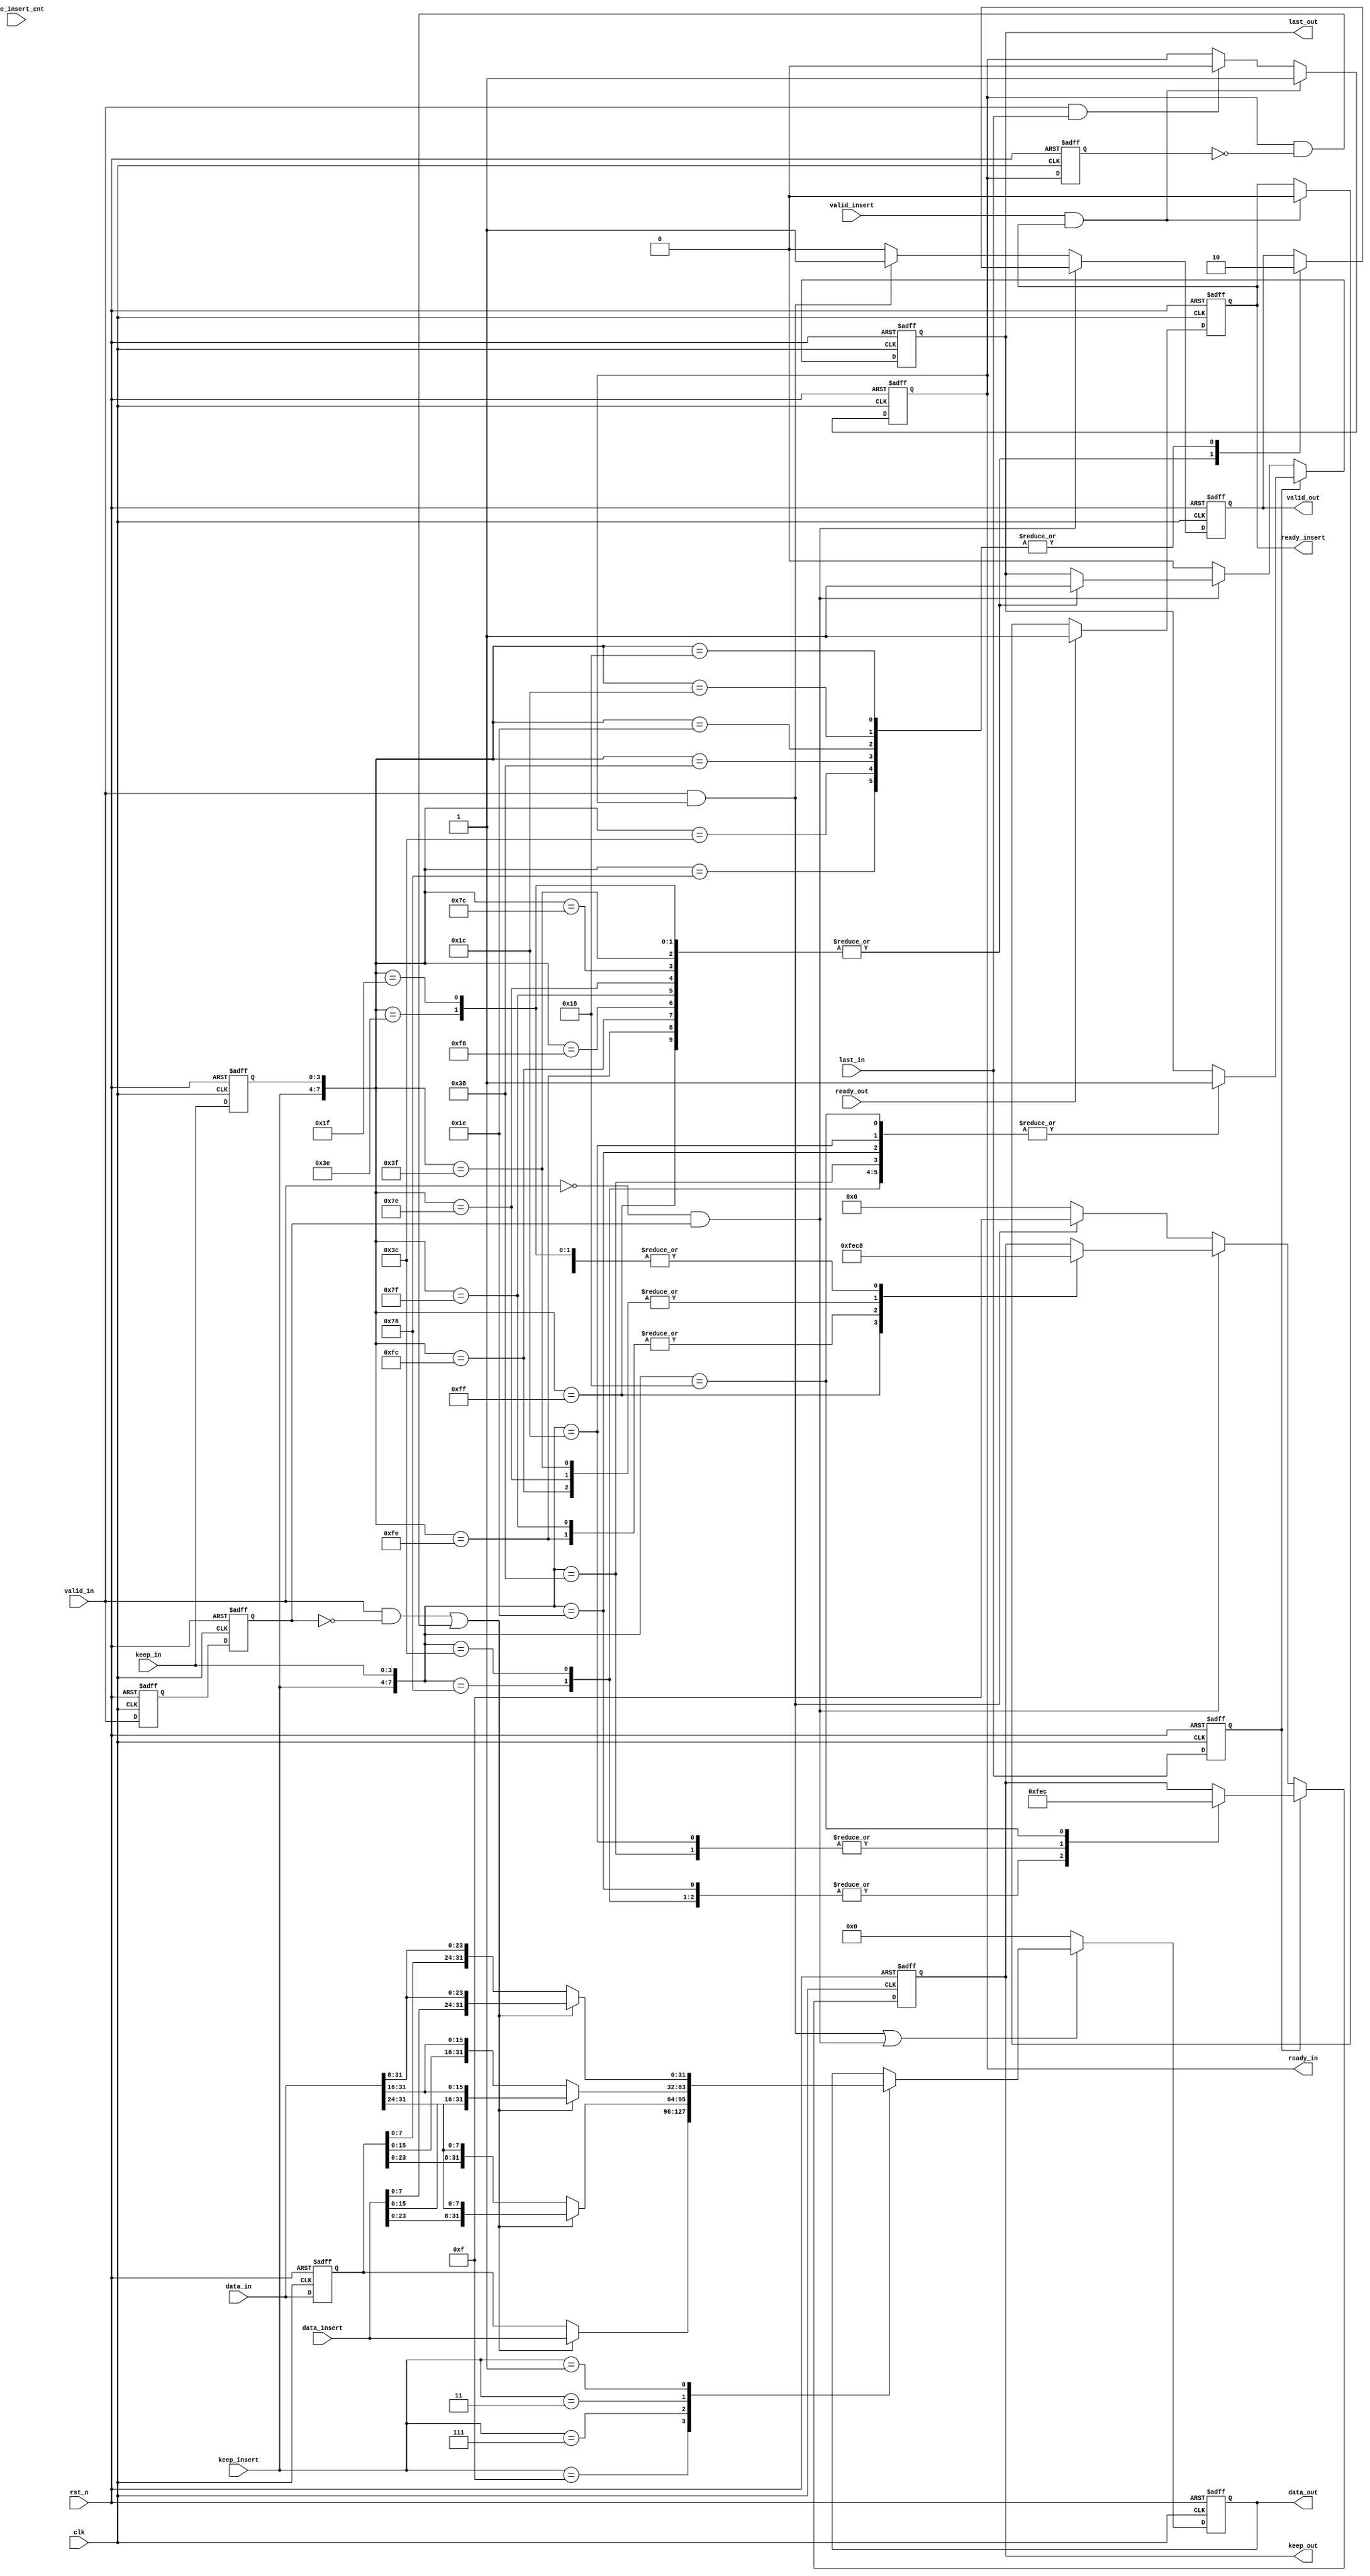
module axi_stream_insert_header #(
	parameter DATA_WD 		= 32,
	parameter DATA_BYTE_WD 	= DATA_WD / 8,
	parameter BYTE_CNT_WD 	= $clog2(DATA_BYTE_WD)
) (
	input 						clk				,
	input 						rst_n			,
	// AXI Stream input original data
	input 						valid_in		,
	input [DATA_WD-1 : 0] 		data_in			,
	input [DATA_BYTE_WD-1 : 0] 	keep_in			,
	input 						last_in			,
	output 						ready_in		,
	// AXI Stream output with header inserted
	output 						valid_out		,
	output [DATA_WD-1 : 0] 		data_out		,
	output [DATA_BYTE_WD-1 : 0] keep_out		,
	output 						last_out		,
	input 						ready_out		,
	// The header to be inserted to AXI Stream input
	input 						valid_insert	,
	input [DATA_WD-1 : 0] 		data_insert		,
	input [DATA_BYTE_WD-1 : 0] 	keep_insert		,
	input [BYTE_CNT_WD-1 : 0] 	byte_insert_cnt	,
	output 						ready_insert
);
	
	// Your code here
	/******************assign***********************************/
	assign ready_in 	  = r_ready_in				  ;
	assign ready_insert   = r_ready_insert			  ;
	assign valid_out 	  = r_valid_out				  ;
	assign data_out  	  = r_data_out 				  ;
	assign keep_out  	  = r_keep_out 				  ;
	assign last_out  	  = r_last_out 				  ;
	
	/******************parameter***********************************/	
	wire w_valid_in_pos 	  			  		 =  valid_in 	 		  && ~r_valid_in_d1 ;
	wire w_valid_in_neg 	  			  		 = ~valid_in 	 		  &&  r_valid_in_d1 ;
	wire w_ready_in_pos 	  			  		 =  ready_in 	 		  && ~r_ready_in_d  ;
	wire valid_insert_and_r_ready_insert  		 =  valid_insert 		  &&  r_ready_insert;
	wire valid_in_and_last_in 			  		 =  valid_in 	 		  &&  last_in	    ;
	wire valid_in_and_ready_in 			  		 =  valid_in 	 		  &&  ready_in	    ;
	wire w_valid_in_pos_or_w_ready_in_pos 		 =  w_valid_in_pos  	  ||  w_ready_in_pos;
	wire valid_in_and_ready_in_or_w_valid_in_neg =  valid_in_and_ready_in ||  w_valid_in_neg;
	wire [7:0] keep_insert_a_keep_in			 =  {keep_insert, keep_in}					;
	wire [7:0] keep_insert_a_r_keep_in_d		 =  {keep_insert, r_keep_in_d}				;
	
	reg 					 r_ready_in 	= 0;
	reg 					 r_ready_insert = 0;
	reg 					 r_valid_out 	= 0;
	reg [DATA_WD-1 : 0] 	 r_data_out  	= 0;
	reg [DATA_BYTE_WD-1 : 0] r_keep_out  	= 0;
	reg 					 r_last_out  	= 0;
	reg [DATA_WD-1 : 0] 	 r_data_in_d 	= 0;
	reg 					 r_valid_in_d 	= 0;
	reg 					 r_valid_in_d1 	= 0;
	reg 					 r_ready_in_d 	= 0;
	reg [DATA_BYTE_WD-1 : 0] r_keep_in_d	= 0;
	reg 					 r_last_in_d	= 0;
	
	/******************always***********************************/	
	// r_ready_insert
	always @(posedge clk or negedge rst_n)
	begin
		if(!rst_n)
			r_ready_insert <= 0;
		else if(ready_out)
			r_ready_insert <= 1'b1;
		else if(valid_insert_and_r_ready_insert)
			r_ready_insert <= 0;
	end
	
	// r_ready_in
	always @(posedge clk or negedge rst_n)
	begin
		if(!rst_n)
			r_ready_in <= 0;
		else if(valid_insert_and_r_ready_insert)
			r_ready_in <= 1'b1;
		else if(valid_in_and_last_in)
			r_ready_in <= 0;
	end
	
	// r_data_in_d
	always @(posedge clk or negedge rst_n)
	begin
		if(!rst_n)
			r_data_in_d <= 0;
		else
			r_data_in_d <= data_in;
	end
	
	// r_valid_in_d
	always @(posedge clk or negedge rst_n)
	begin
		if(!rst_n)
			r_valid_in_d <= 0;
		else
			r_valid_in_d <= valid_in;
	end
	
	// r_valid_in_d1
	always @(posedge clk or negedge rst_n)
	begin
		if(!rst_n)
			r_valid_in_d1 <= 0;
		else
			r_valid_in_d1 <= r_valid_in_d;
	end
	
	// r_ready_in_d
	always @(posedge clk or negedge rst_n)
	begin
		if(!rst_n)
			r_ready_in_d <= 0;
		else
			r_ready_in_d <= ready_in;
	end
	
	// r_data_out
	always @(posedge clk or negedge rst_n)
	begin
		if(!rst_n)
			r_data_out <= 0;
		else if(valid_in_and_ready_in_or_w_valid_in_neg)
			case(keep_insert)
			4'b1111:begin
				if(w_valid_in_pos_or_w_ready_in_pos)
					r_data_out <= data_insert;
				else
					r_data_out <= r_data_in_d;
			end
			4'b0111:begin
				if(w_valid_in_pos_or_w_ready_in_pos)
					r_data_out <= {data_insert[DATA_WD-9 : 0], data_in[DATA_WD-1 : 24]};
				else
					r_data_out <= {r_data_in_d[DATA_WD-9 : 0], data_in[DATA_WD-1 : 24]};
			end
			4'b0011:begin
				if(w_valid_in_pos_or_w_ready_in_pos)
					r_data_out <= {data_insert[DATA_WD-17 : 0], data_in[DATA_WD-1 : 16]};
				else
					r_data_out <= {r_data_in_d[DATA_WD-17 : 0], data_in[DATA_WD-1 : 16]};
			end
			4'b0001:begin
				if(w_valid_in_pos_or_w_ready_in_pos)
					r_data_out <= {data_insert[DATA_WD-25 : 0], data_in[DATA_WD-1 : 8]};
				else
					r_data_out <= {r_data_in_d[DATA_WD-25 : 0], data_in[DATA_WD-1 : 8]};
			end
			endcase
		else
			r_data_out <= 0;
	end
	
	// r_keep_in_d
	always @(posedge clk or negedge rst_n)
	begin
		if(!rst_n)
			r_keep_in_d <= 0;
		else
			r_keep_in_d <= keep_in;
	end
	
	// r_valid_out
	always @(posedge clk or negedge rst_n)
	begin
		if(!rst_n)
			r_valid_out <= 0;
		else if(w_valid_in_neg)
		begin
			case({keep_insert, r_keep_in_d})
				8'b1111_1111: r_valid_out <= 1'b1;
				8'b1111_1110: r_valid_out <= 1'b1;
				8'b1111_1100: r_valid_out <= 1'b1;
				8'b1111_1000: r_valid_out <= 1'b1;
				8'b0111_1111: r_valid_out <= 1'b1;
				8'b0111_1110: r_valid_out <= 1'b1;
				8'b0111_1100: r_valid_out <= 1'b1;
				8'b0111_1000: r_valid_out <= 1'b0;
				8'b0011_1111: r_valid_out <= 1'b1;
				8'b0011_1110: r_valid_out <= 1'b1;
				8'b0011_1100: r_valid_out <= 1'b0;
				8'b0011_1000: r_valid_out <= 1'b0;
				8'b0001_1111: r_valid_out <= 1'b1;
				8'b0001_1110: r_valid_out <= 1'b0;
				8'b0001_1100: r_valid_out <= 1'b0;
				8'b0001_1000: r_valid_out <= 1'b0;
			endcase
		end
		else if(valid_in_and_ready_in)
			 r_valid_out <= 1'b1;
		else
			 r_valid_out <= 1'b0;
	end
	
	// r_last_in_d
	always @(posedge clk or negedge rst_n)
	begin
		if(!rst_n)
			r_last_in_d <= 0;
		else
			r_last_in_d <= last_in;
	end
	
	// r_keep_out
	always @(posedge clk or negedge rst_n)
	begin
		if(!rst_n)
			r_keep_out <= 0;
		else if(r_last_in_d)
			case({keep_insert, keep_in})
				8'b0111_1000: r_keep_out <= 4'b1111;
				8'b0011_1100: r_keep_out <= 4'b1111;
				8'b0011_1000: r_keep_out <= 4'b1110;
				8'b0001_1110: r_keep_out <= 4'b1111;
				8'b0001_1100: r_keep_out <= 4'b1110;
				8'b0001_1000: r_keep_out <= 4'b1100;
			endcase
		else if(w_valid_in_neg)
			case({keep_insert, r_keep_in_d})
				8'b1111_1111: r_keep_out <= 4'b1111;
				8'b1111_1110: r_keep_out <= 4'b1110;
				8'b1111_1100: r_keep_out <= 4'b1100;
				8'b1111_1000: r_keep_out <= 4'b1000;
				8'b0111_1111: r_keep_out <= 4'b1110;
				8'b0111_1110: r_keep_out <= 4'b1100;
				8'b0111_1100: r_keep_out <= 4'b1000;
				8'b0011_1111: r_keep_out <= 4'b1100;
				8'b0011_1110: r_keep_out <= 4'b1000;
				8'b0001_1111: r_keep_out <= 4'b1000;
			endcase
		else if(valid_in_and_ready_in)
			 r_keep_out <= 4'b1111;
		else
			r_keep_out <= 0;
	end
	
	// r_last_out
	always @(posedge clk or negedge rst_n)
	begin
		if(!rst_n)
			r_last_out <= 0;
		else if(r_last_in_d)
			case({keep_insert, keep_in})
				8'b0111_1000: begin r_last_out <= 1'b1; end
				8'b0011_1100: begin r_last_out <= 1'b1; end
				8'b0011_1000: begin r_last_out <= 1'b1; end
				8'b0001_1110: begin r_last_out <= 1'b1; end
				8'b0001_1100: begin r_last_out <= 1'b1; end
				8'b0001_1000: begin r_last_out <= 1'b1; end
			endcase
		else if(w_valid_in_neg)
			case({keep_insert, r_keep_in_d})
				8'b1111_1111: begin r_last_out <= 1'b1; end
				8'b1111_1110: begin r_last_out <= 1'b1; end
				8'b1111_1100: begin r_last_out <= 1'b1; end
				8'b1111_1000: begin r_last_out <= 1'b1; end
				8'b0111_1111: begin r_last_out <= 1'b1; end
				8'b0111_1110: begin r_last_out <= 1'b1; end
				8'b0111_1100: begin r_last_out <= 1'b1; end
				8'b0011_1111: begin r_last_out <= 1'b1; end
				8'b0011_1110: begin r_last_out <= 1'b1; end
				8'b0001_1111: begin r_last_out <= 1'b1; end
			endcase
		else
			r_last_out <= 0;
	end


	
	
	
endmodule